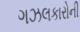
ગઝલકારોની